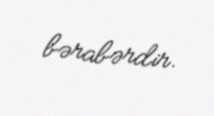
bərabərdir.